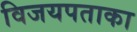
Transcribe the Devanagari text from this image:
विजयपताका